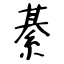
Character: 綦